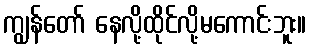
ကျွန်တော် နေလို့ထိုင်လို့မကောင်းဘူး။